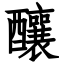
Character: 釀